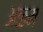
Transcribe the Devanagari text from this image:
अळम